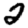
Digit: 2